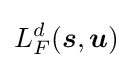
L_{F}^{d}({\boldsymbol {s}},{\boldsymbol {u}})